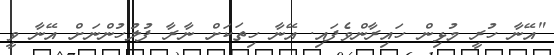
"އޭނާ ހުރީ މުޅިން ހައިރާންވެފައި. އޭނާ ހިތަކަށް ނާރާ ފުލުހުންނަށް އޭނާ ވީ